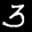
Label: 3